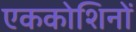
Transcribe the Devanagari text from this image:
एककोशिनों